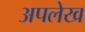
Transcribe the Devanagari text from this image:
अपलेख